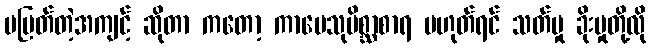
မမြတ်တဲ့အကျင့် ဆိုတာ ကတော့ ကာမေသုမိစ္ဆာစာရ မဟုတ်ရင် သတ်မှု ခိုးမှုတို့လို